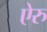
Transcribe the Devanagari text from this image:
ऐरु